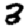
Digit: 2